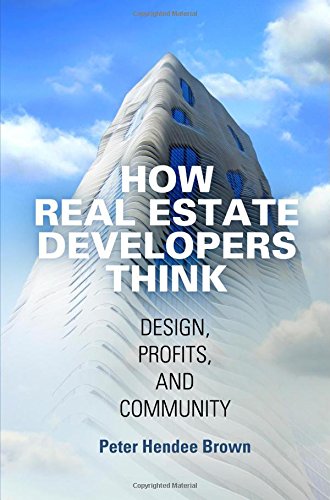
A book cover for How Real Estate Developers Think: Design, Profits, and Community (The City in the Twenty-First Century); Peter Hendee Brown; Science & Math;